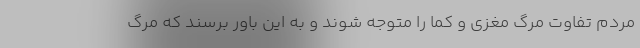
مردم تفاوت مرگ مغزی و کما را متوجه شوند و به این باور برسند که مرگ